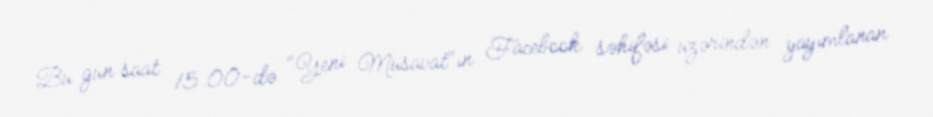
Bu gün saat 15.00-də "Yeni Müsavat"ın Facebook səhifəsi üzərindən yayımlanan